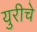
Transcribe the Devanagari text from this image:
युरीचे